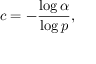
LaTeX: c = - { \frac { \log \alpha } { \log p } } ,